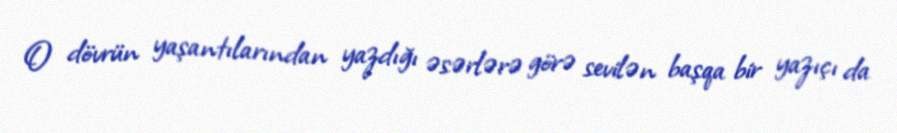
O dövrün yaşantılarından yazdığı əsərlərə görə sevilən başqa bir yazıçı da